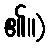
၏။)